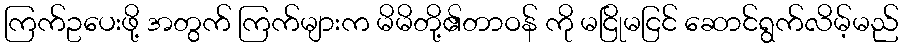
ကြက်ဥပေးဖို့ အတွက် ကြက်များက မိမိတို့၏တာဝန် ကို မငြိုမငြင် ဆောင်ရွက်လိမ့်မည်